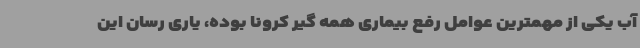
آب یکی از مهمترین عوامل رفع بیماری همه گیر کرونا بوده، یاری رسان این